Annual report of the Civil Veterinary Department, Bengal, and of the Bengal Veterinary College, for the year 1902-1903 - 1902-1903
Year: 1902
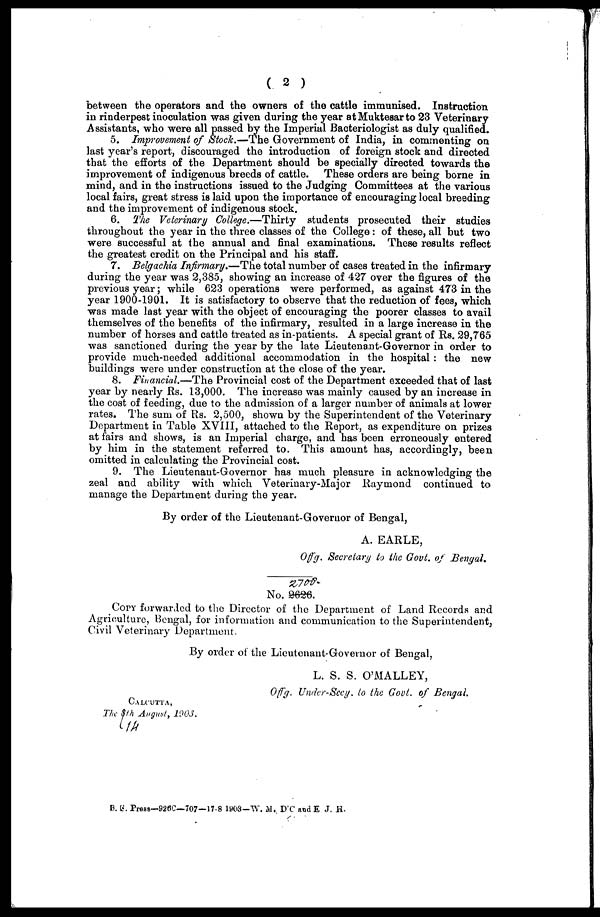
( 2 )
between the operators and the owners of the cattle immunised. Instruction
in rinderpest inoculation was given during the year at Muktesar to 23 Veterinary
Assistants, who were all passed by the Imperial Bacteriologist as duly qualified.
5. Improvement of Stock.—The Government of India, in commenting on
last year's report, discouraged the introduction of foreign stock and directed
that the efforts of the Department should be specially directed towards the
improvement of indigenous breeds of cattle.
These orders are being borne in
mind, and in the instructions issued to the Judging Committees at the various
local fairs, great stress is laid upon the importance of encouraging local breeding
and the improvement of indigenous stock.
6. The Veterinary College.—Thirty
students prosecuted their studies
throughout the year in the three classes of the College: of these, all but two
were successful at the annual and final examinations. These results reflect
the greatest credit on the Principal and his staff.
7. Belgachia Infirmary.—The total number of cases treated in the infirmary
during the year was 2,385, showing an increase of 427 over the figures of the
previous year; while 623 operations were performed, as against 473 in the
year 1900-1901. It is satisfactory to observe that the reduction of fees, which
was made last year with the object of encouraging the poorer classes to avail
themselves of the benefits of the infirmary, resulted in a large increase in the
number of horses and cattle treated as in-patients. A special grant of Rs. 29,765
was sanctioned during the year by the late Lieutenant-Governor in order to
provide much-needed additional accommodation in the hospital : the new
buildings were under construction at the close of the year.
8. Financial.—The Provincial cost of the Department exceeded that of last
year by nearly Rs. 13,000. The increase was mainly caused by an increase in
the cost of feeding, due to the admission of a larger number of animals at lower
rates. The sum of Rs. 2,500, shown by the Superintendent of the Veterinary
Department in Table XVIII, attached to the Report, as expenditure on prizes
at fairs and shows, is an Imperial charge, and has been erroneously entered
by him in the statement referred to. This amount has, accordingly, been
omitted in calculating the Provincial cost.
9. The Lieutenaut-Governor has much pleasure in acknowledging the
zeal and ability with which Veterinary-Major Raymond continued to
manage the Department during the year.
By order of the Lieutenant-Governor of Bengal,
A. EARLE,
Offg. Secretary to the Govt, of Bengal.
No. 9626.
Copy forwarded to the Director of the Department of Land Records and
Agriculture, Bengal, for information and communication to the Superintendent,
Civil Veterinary Department.
By order of the Lieutenant-Governor of Bengal,
L. S. S. O'MALLEY,
Offg. Under-Secy. to the Govt. of Bengal.
CALCUTTA,
The 14th August,
1903.
B. G. Press—926C—707—17.8 1903—W. M. D'C and E J. H.